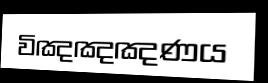
විඤඤඤණය